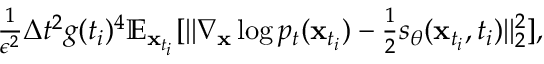
\begin{array} { r } { \frac { 1 } { \epsilon ^ { 2 } } \Delta t ^ { 2 } g ( t _ { i } ) ^ { 4 } \mathbb { E } _ { \mathbf { x } _ { t _ { i } } } [ | | \nabla _ { \mathbf { x } } \log p _ { t } ( \mathbf { x } _ { t _ { i } } ) - \frac { 1 } { 2 } s _ { \theta } ( \mathbf { x } _ { t _ { i } } , t _ { i } ) | | _ { 2 } ^ { 2 } ] , } \end{array}